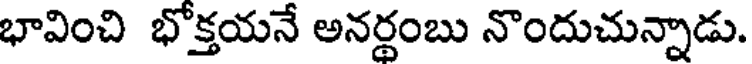
భావించి భోక్తయనే అనర్థంబు నొందుచున్నాడు.